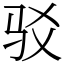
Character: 驳